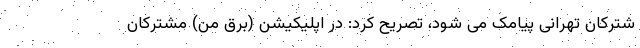
شترکان تهرانی پیامک می شود، تصریح کرد: در اپلیکیشن (برق من) مشترکان